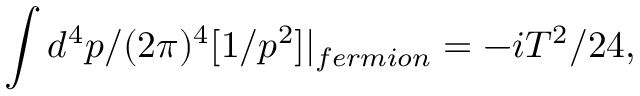
\int d ^ { 4 } p / ( 2 \pi ) ^ { 4 } [ 1 / p ^ { 2 } ] | _ { f e r m i o n } = - i T ^ { 2 } / 2 4 ,